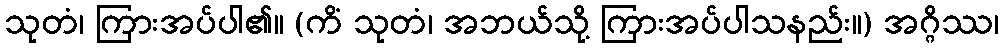
သုတံ၊ ကြားအပ်ပါ၏။ (ကိံ သုတံ၊ အဘယ်သို့ ကြားအပ်ပါသနည်း။) အဂ္ဂိဿ၊